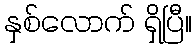
နှစ်လောက် ရှိပြီ။